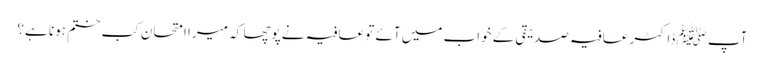
آپ ﷺ ڈاکٹر عافیہ صدیقی کے خواب میں آئے تو عافیہ نے پوچھا کہ میرا امتحان کب ختم ہونا ہے؟